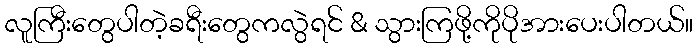
လူကြီးတွေပါတဲ့ခရီးတွေကလွဲရင် & သွားကြဖို့ကိုပိုအားပေးပါတယ်။